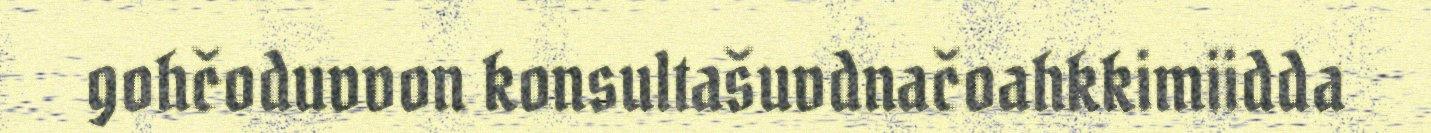
gohčoduvvon konsultašuvdnačoahkkimiidda